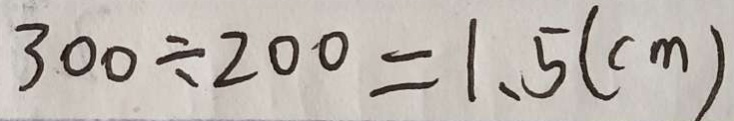
3 0 0 \div 2 0 0 = 1 . 5 ( c m )